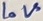
Text: LoV